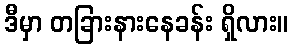
ဒီမှာ တခြားနားနေခန်း ရှိလား။